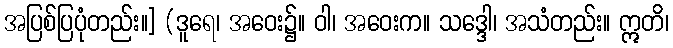
အပြစ်ပြပုံတည်း။] (ဒူရေ၊ အဝေး၌။ ဝါ၊ အဝေးက။ သဒ္ဒေါ၊ အသံတည်း။ ဣတိ၊